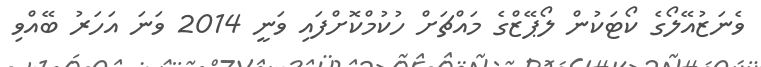
ވެނަޒުއޭލޯގެ ކޯޓަކުން ލޯޕޭޒްގެ މައްޗަށް ހުކުމްކޮށްފައި ވަނީ 2014 ވަނަ އަހަރު ބޭއްވި